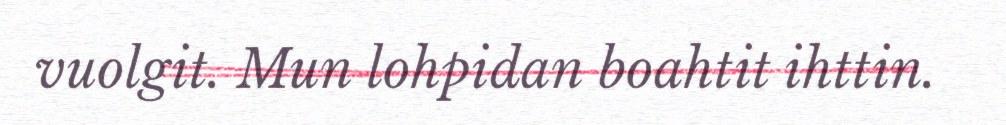
vuolgit. Mun lohpidan boahtit ihttin.